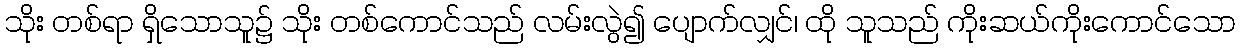
သိုး တစ်ရာ ရှိသောသူ၌ သိုး တစ်ကောင်သည် လမ်းလွဲ၍ ပျောက်လျှင်၊ ထို သူသည် ကိုးဆယ်ကိုးကောင်သော